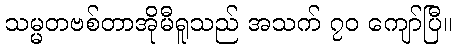
သမ္မတဗစ်တာအိုမီရူသည် အသက် ၇၀ ကျော်ပြီ။